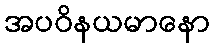
အပဝိနယမာနော